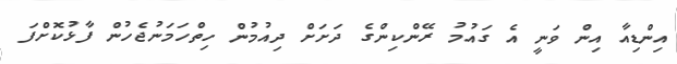
އިންޑިއާ އިން ވަނީ އެ ގައުމު ރޭންކިންގެ ދަށަށް ދިއުމުން ހިތްހަމަނުޖެހުން ފާޅުކޮށްފަ